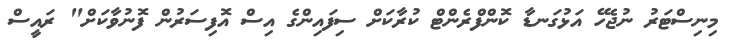
މިނިސްޓަރު ނުޖެހޭ އަޅުގަނޑާ ކޮންފްރެންޓް ކުރާކަށް ސިފައިންގެ އިސް އޮފިސަރުން ފޮނުވާކަށް" ރައީސް